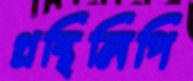
গ্রন্থিলিপি